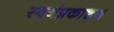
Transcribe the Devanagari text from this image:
स्वयंप्रकाशन